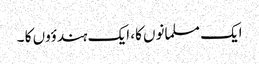
ایک مسلمانوں کا، ایک ہندؤوں کا ۔